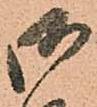
御